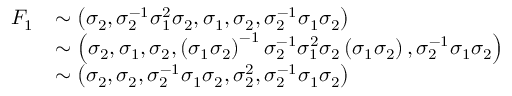
\begin{array} { r l } { { \cal F } _ { 1 } } & { \sim \left( \sigma _ { 2 } , \sigma _ { 2 } ^ { - 1 } \sigma _ { 1 } ^ { 2 } \sigma _ { 2 } , \sigma _ { 1 } , \sigma _ { 2 } , \sigma _ { 2 } ^ { - 1 } \sigma _ { 1 } \sigma _ { 2 } \right) } \\ & { \sim \left( \sigma _ { 2 } , \sigma _ { 1 } , \sigma _ { 2 } , \left( \sigma _ { 1 } \sigma _ { 2 } \right) ^ { - 1 } \sigma _ { 2 } ^ { - 1 } \sigma _ { 1 } ^ { 2 } \sigma _ { 2 } \left( \sigma _ { 1 } \sigma _ { 2 } \right) , \sigma _ { 2 } ^ { - 1 } \sigma _ { 1 } \sigma _ { 2 } \right) } \\ & { \sim \left( \sigma _ { 2 } , \sigma _ { 2 } , \sigma _ { 2 } ^ { - 1 } \sigma _ { 1 } \sigma _ { 2 } , \sigma _ { 2 } ^ { 2 } , \sigma _ { 2 } ^ { - 1 } \sigma _ { 1 } \sigma _ { 2 } \right) } \end{array}